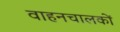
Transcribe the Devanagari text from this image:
वाहनचालकों